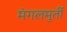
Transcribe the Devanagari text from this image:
मंगलमुर्ती